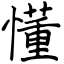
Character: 懂